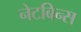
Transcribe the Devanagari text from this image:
नेटबिन्स